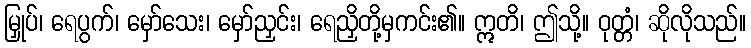
မြှုပ်၊ ရေပွက်၊ မှော်သေး၊ မှော်ညှင်း၊ ရေညှိတို့မှကင်း၏။ ဣတိ၊ ဤသို့။ ဝုတ္တံ၊ ဆိုလိုသည်။